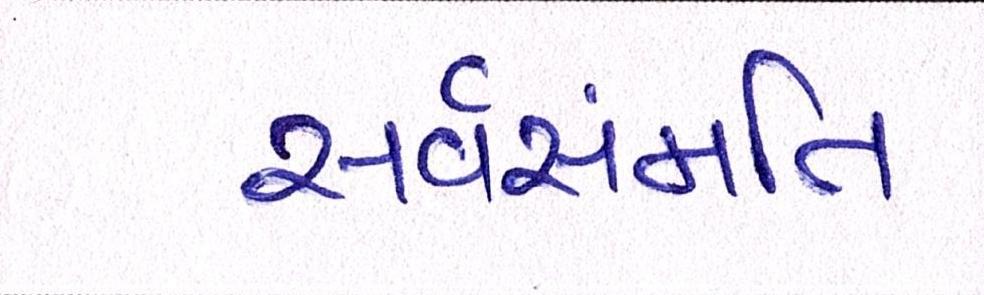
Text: સર્વસંમતિ